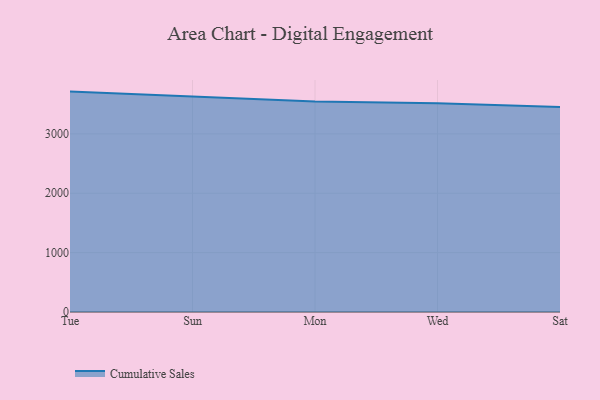
{"axis": {"x": "Day", "y": "Active Users"}, "legend": ["Cumulative Sales"], "data": [{"x": "Tue", "y": 3711.9, "type": "Cumulative Sales"}, {"x": "Sun", "y": 3625.4, "type": "Cumulative Sales"}, {"x": "Mon", "y": 3546.9, "type": "Cumulative Sales"}, {"x": "Wed", "y": 3514.7, "type": "Cumulative Sales"}, {"x": "Sat", "y": 3454.2, "type": "Cumulative Sales"}]}